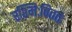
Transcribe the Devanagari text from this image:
रश्मिःविततः